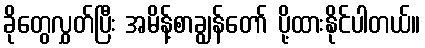
ခိုတွေလွှတ်ပြီး အမိန့်စာချွန်တော် ပို့ထားနိုင်ပါတယ်။